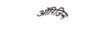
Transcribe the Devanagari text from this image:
ऑरिजिन्स